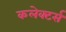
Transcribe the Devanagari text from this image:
कलेक्‍टर्स